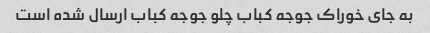
به جای خوراک جوجه کباب چلو جوجه کباب ارسال شده است